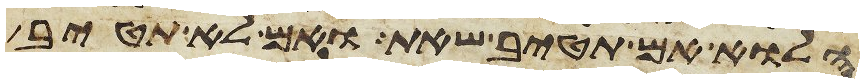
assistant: הלוא אם תטיב שאת ואם לא תטיב